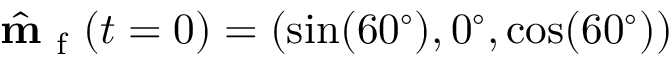
\hat { \mathbf { m } } _ { \mathrm { ~ f ~ } } ( t = 0 ) = ( \sin ( 6 0 ^ { \circ } ) , 0 ^ { \circ } , \cos ( 6 0 ^ { \circ } ) )